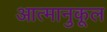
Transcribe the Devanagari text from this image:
आत्मानुकूल